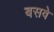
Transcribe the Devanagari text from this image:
बसवे